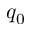
q _ { 0 }